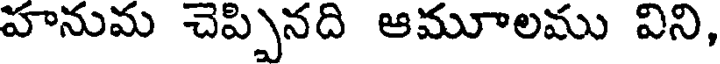
హనుమ చెప్పినది ఆమూలము విని,